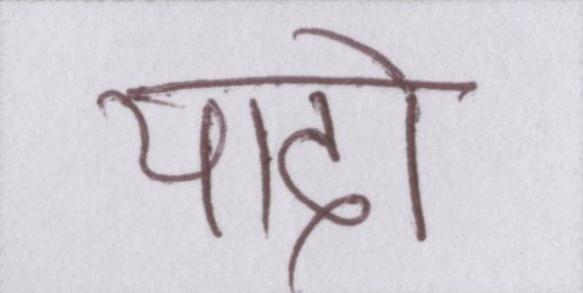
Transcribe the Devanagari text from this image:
यादो